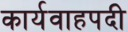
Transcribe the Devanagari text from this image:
कार्यवाहपदी